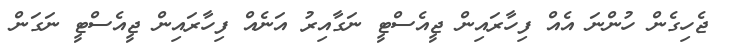
ޖެހިގެން ހުންނަ އެއް ފިހާރައިން ޖީއެސްޓީ ނަގާއިރު އަނެއް ފިހާރައިން ޖީއެސްޓީ ނަގަން